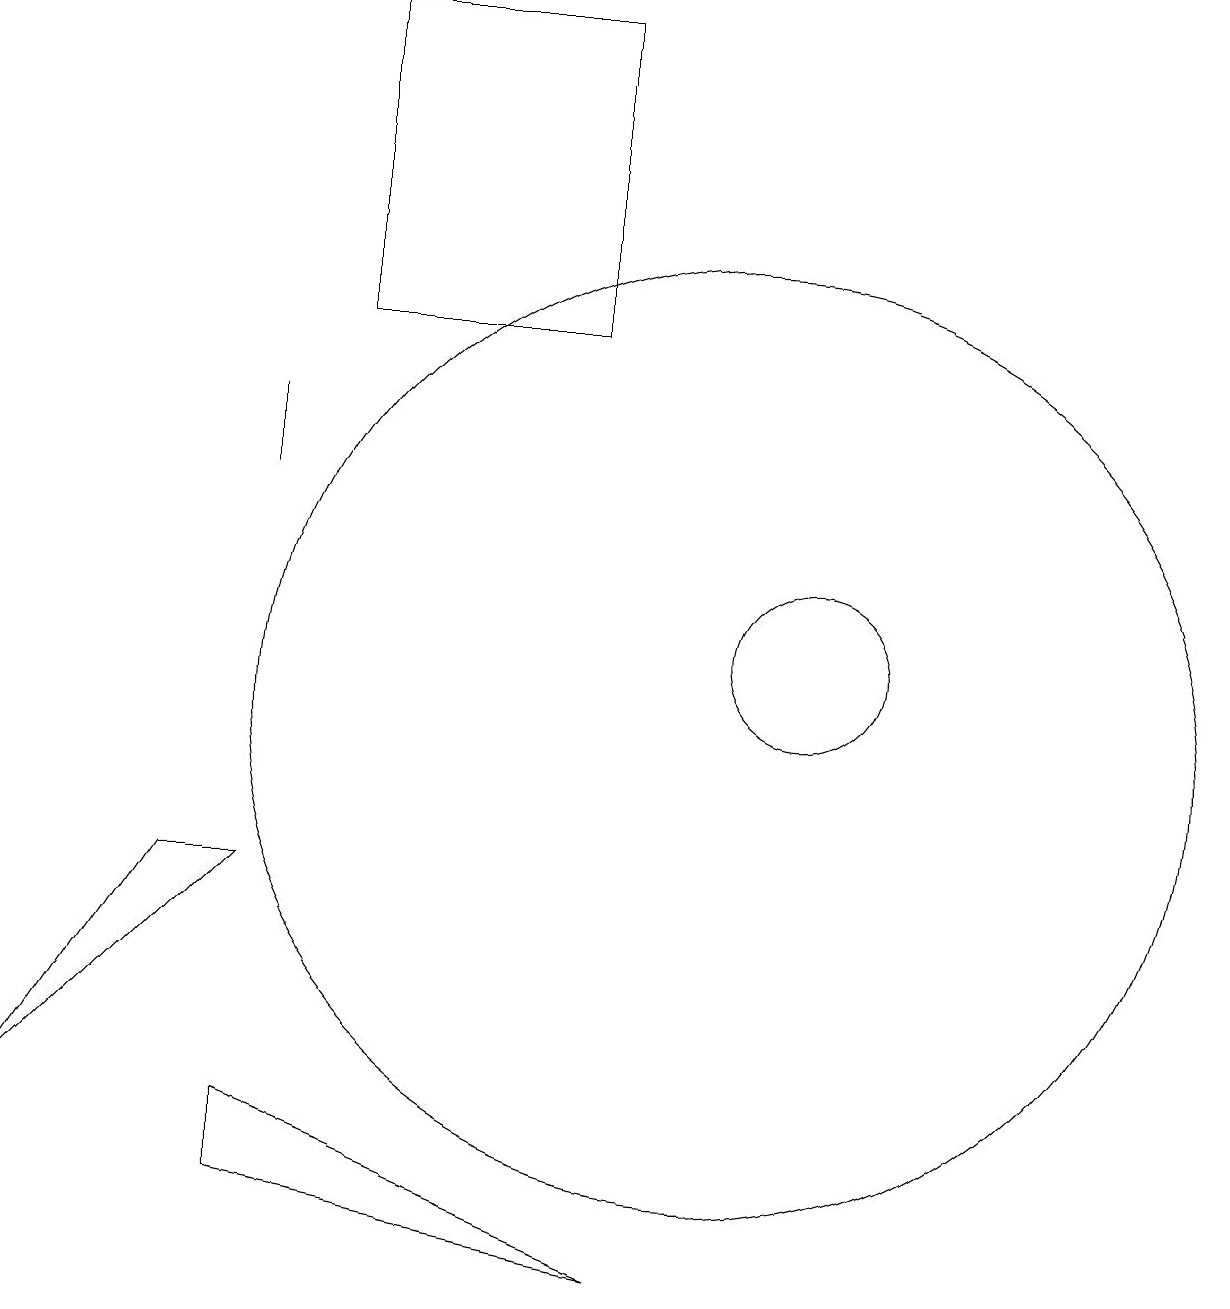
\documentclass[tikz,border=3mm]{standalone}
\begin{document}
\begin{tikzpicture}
\draw (10,10) circle (6);
\draw (1,5) -- (4,8) -- (3,8) -- cycle;
\draw (8,19) rectangle (5,15);
\draw (9,3) -- (4,5) -- (4,4) -- cycle;
\draw (11,11) circle (1);
\draw (4,14) rectangle (4,13);
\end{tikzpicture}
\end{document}